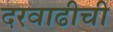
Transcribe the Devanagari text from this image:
दरवाढीची